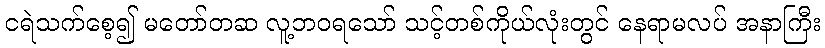
ငရဲသက်စေ့၍ မတော်တဆ လူ့ဘဝရသော် သင့်တစ်ကိုယ်လုံးတွင် နေရာမလပ် အနာကြီး